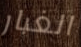
الغبار